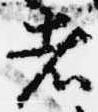
者